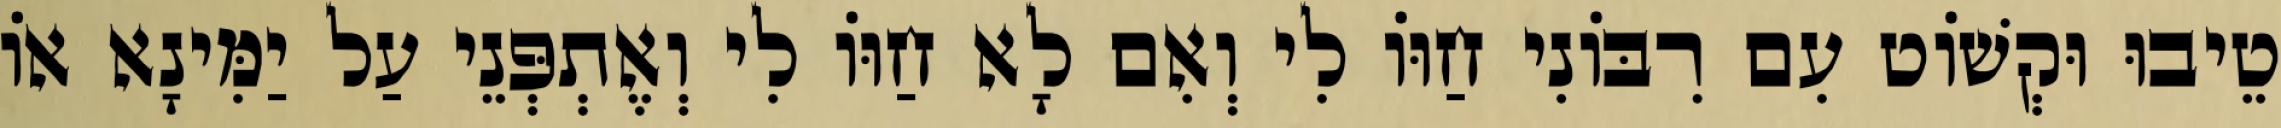
טֵיבוּ וּקְשׁוֹט עִם רִבּוֹנִי חַוּוֹ לִי וְאִם לָא חַוּוֹ לִי וְאֶתְפְּנֵי עַל יַמִּינָא אוֹ